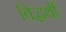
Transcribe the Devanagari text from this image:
विद्धर्थी